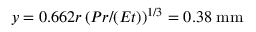
y = 0 . 6 6 2 r \left( P r / ( E t ) \right) ^ { 1 / 3 } = 0 . 3 8 \; \mathrm { m m }